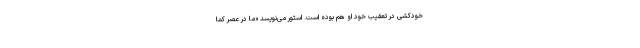
خودکشی در تعقیب خود او هم بوده است. استور می‌نویسد «ما در عصر کما